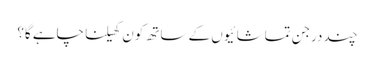
چند درجن تماشائیوں کے ساتھ کون کھیلنا چاہے گا؟